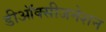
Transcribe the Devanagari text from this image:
डीऑक्सीजनेशन